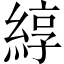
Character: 綧